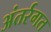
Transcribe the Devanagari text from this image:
अंतर्रगत